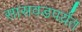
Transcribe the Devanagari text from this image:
सासवडपर्य़ंत